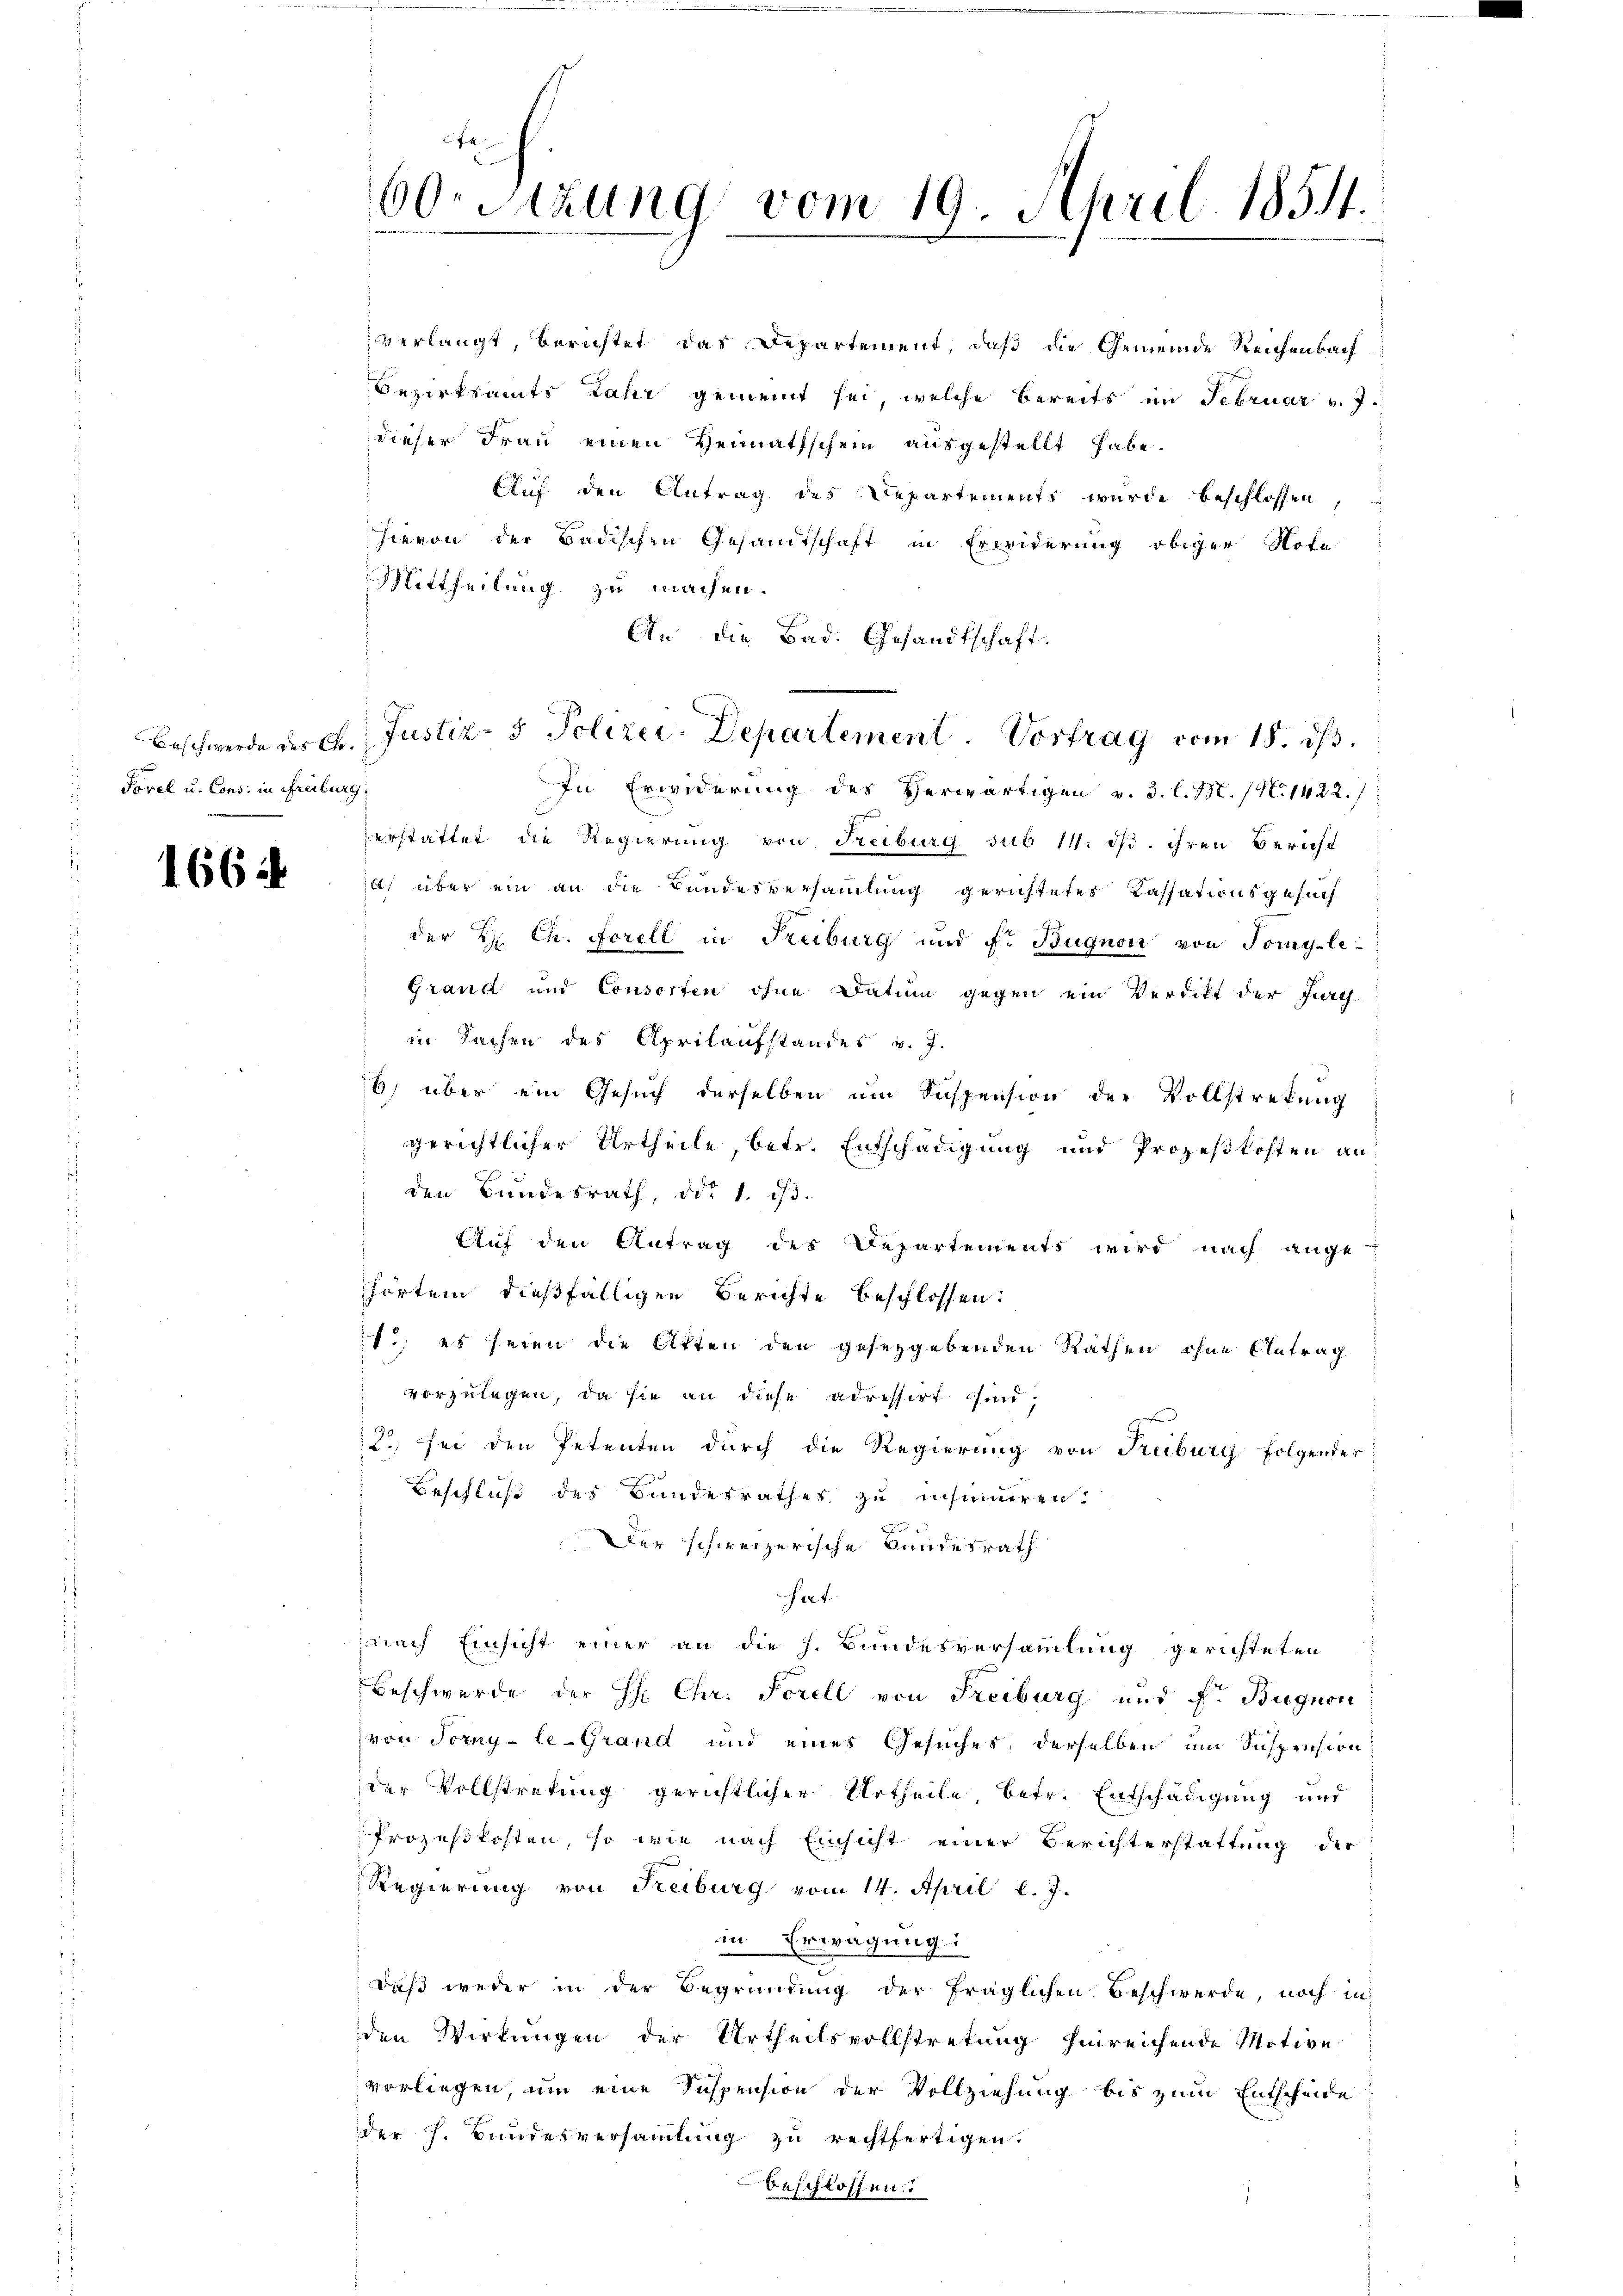
Foval u. Cons. in Freiburg

1664

Auf den Antrag des Departements wurde beschlossen,
hievon der Badischen Gesandtschaft in Erwiderung obiger Note
Mittheilung zu machen.
An die Bad. Gesandtschaft.
In Erwiderung des Herwärtigen v. 3. l. M. (N. 1422.
erstattet die Regierung von Freiburg sub 14. ds. ihren Bericht
) über ein an die Bundesversammlung gerichtetes Kassationsgesuch
der H Ch. Forell in Freiburg und Fr. Bugnon von Tomy-le-
Grand und Consorten ohne Datum gegen ein Verdikt der Juch
in Sachen des Aprilaufstandes v. J.
6) über ein Gesuch derselben um Suspension der Vollstretung
gerichtlicher Urtheile, betr. Entschädigung und Prozeßkosten an
den Bundesrath, das 1. 13.
Auf den Antrag des Departements wird nach ange-
hörtem dießfälligen Berichte beschlossen:
1.) es seien die Akten den gesetzgebenden Rathen ohne Antrag
vorzulegen, da sie an diese adressirt sind,
2.) Sei den Petenten durch die Regierung von Freiburg folgender
Beschluß des Bundesrathes zu insumiren.
Der schweizerische Bundesrath
art.
anach Einsicht einer an die h. Bundesversammlung gerichteten
Beschwerde der H: Chr. Forell von Freiburg und Fr. Bugnon
von Torny-le-Grand und eines Gesuches, derselben um Suspension
der Vollstretung gerichtlicher Urtheile, betr. Entschädigung und
Prozeßkosten, so wie nach Einsicht einer Berichterstattung der
Regierung von Freiburg vom 14. April l. J.
in Erwägung:
Daß weder in der Begründung der fraglichen Beschwerde, noch in
den Wirkungen der Urtheilsvollstretung hinreichende Motive
vorliegen, um eine Suspension der Vollziehung bis zum Entscheide
der h. Bundesversammlung zu rechtfertigen.
beschlossen:

C
60. Sitzung vom 19. April 1854.

verlangt, berichtet, das Departement, daß die Gemeinde Reichenbach
Bezirksamts Jahr gemeint sei, welche bereits im Februar v. J.
dieser Frau einen Heimathschein ausgestellt habe.

Beschwerde der F. Justiz- & Polizei-Departement. Vortrag vom 18. ds.